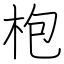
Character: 枹